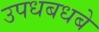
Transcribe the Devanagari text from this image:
उपधबधबे